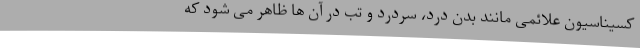
کسیناسیون علائمی مانند بدن درد، سردرد و تب در آن ها ظاهر می شود که